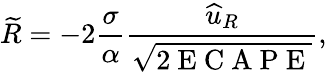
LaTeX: \widetilde{R}=-2\frac{\sigma}{\alpha}\frac{\widehat{u}_{R}}{\sqrt{2\mathrm{~E~C~A~P~E~}}},